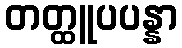
တတ္ထူပပန္နာ